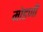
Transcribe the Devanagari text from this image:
मोडणी